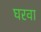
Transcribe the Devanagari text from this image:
घरवा